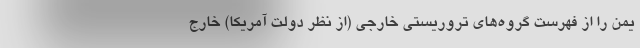
یمن را از فهرست گروه‌های تروریستی خارجی (از نظر دولت آمریکا) خارج